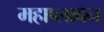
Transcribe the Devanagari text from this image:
महाप्लावन